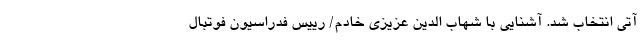
آتی انتخاب شد. آشنایی با شهاب الدین عزیزی خادم/ رییس فدراسیون فوتبال